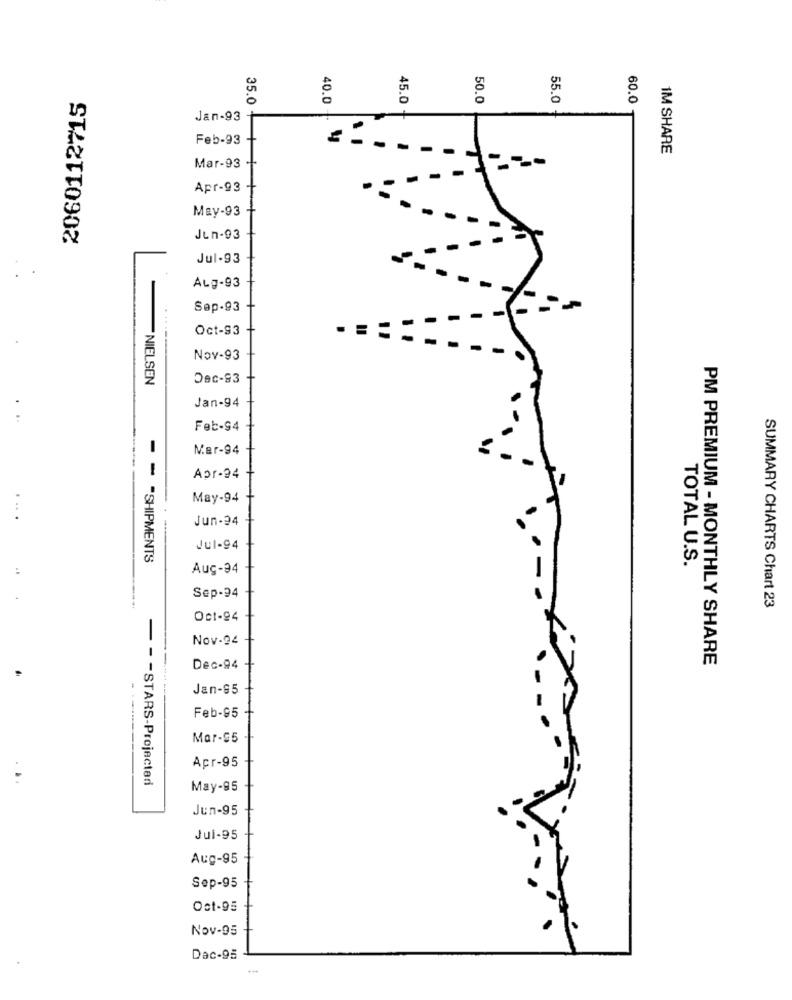
2060112715
40.0
45.0
50.0
55.0
60.0
35.0 +
Jan-93
Feb-93
IM SHARE
Mar-93
Apr-93
May-93
Jun-93
Jul-93
ALg-93
Sep-93
Oct-93
Nov-93
NIELSEN
Dec-93
Jan-94
Feb-94
Mer-94
Apr-94
May-94
Jun-24
Jul-94
- - "SHIPMENTS
TOTAL U.S.
Aug-94
Sep-94
SUMMARY CHARTS Chart 23
Oct-94
Nov-94
PM PREMIUM - MONTHLY SHARE
Dec-94
Jan-95
Feb-95
Mar-95
Apr-95
- - - STARS-Projected
May-95
Jun-95
Jui-95
Aug-95
Sep-95
Oct-95
Nov-95
Dac-95